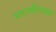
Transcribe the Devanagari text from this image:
महासीलवंश